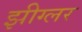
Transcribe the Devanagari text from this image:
झीग्लर